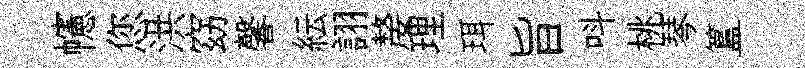
幰您洪窈馨紜詡嫠理珥旨呌桃琴簋